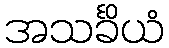
အသင်္ခိယံ